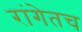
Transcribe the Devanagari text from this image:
रांगेतच